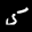
Digit: 1